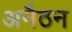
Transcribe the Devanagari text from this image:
अनैठन